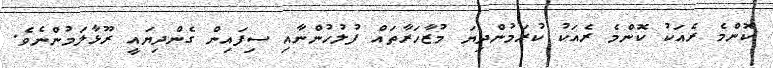
ކޮންމެ ރެއަކު ކޮންމެ ރެއަކު ކުރަމުންދިޔަ މުޒާހަރާތައް ފުލުހުންނާއި ސިފައިން ގެންދިޔައީ ރޫޅާލަމުންނެވެ.